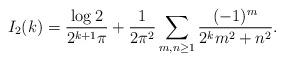
LaTeX: \begin{align*}I_2(k)=\dfrac{\log 2}{2^{k+1}\pi}+\dfrac{1}{2\pi^2}\sum_{m,n\geq 1}\dfrac{(-1)^m}{2^km^2+n^2}. \end{align*}